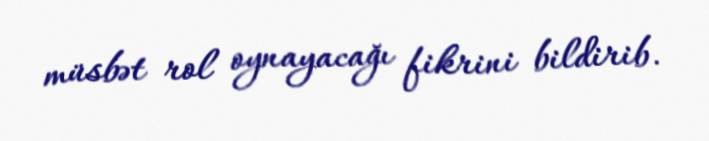
müsbət rol oynayacağı fikrini bildirib.